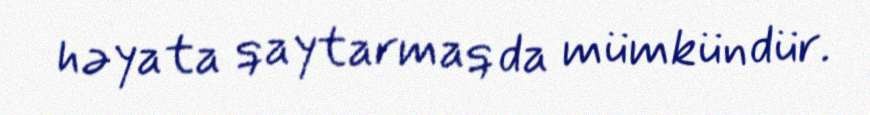
həyata qaytarmaq da mümkündür.